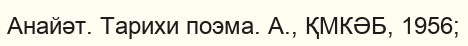
Анайәт. Тарихи поэма. А., ҚМКӘБ, 1956;